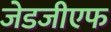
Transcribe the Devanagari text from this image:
जेडजीएफ